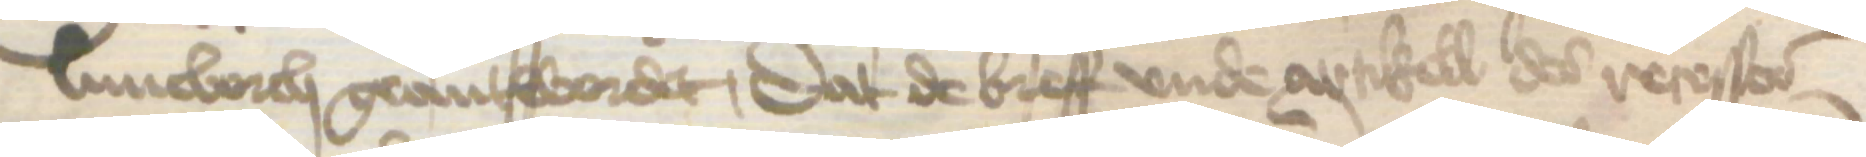
Luneborch geantwordet, dat de breff vnde artikell des resesses